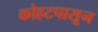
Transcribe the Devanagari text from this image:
कोहटपासून